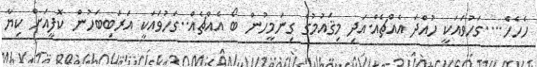
ހެހެހެ....ގަހުވައަކީ ހުއްދަ އެއްޗެއް.އަދި މިޤައުމުގެ ގިނަމީހުން ބޯ އެއްޗެއް..ގަހުވައަކީ އަރަބިބަހުން ކޮފީއަށް ކިޔާ